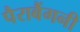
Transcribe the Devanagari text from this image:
पैराबैंगनी